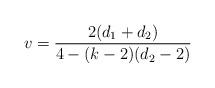
LaTeX: \begin{align*}v=\frac{2(d_1+d_2)}{4-(k-2)(d_2-2)}\end{align*}